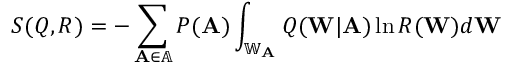
S ( Q , R ) = - \sum _ { \mathbf { A } \in \mathbb { A } } P ( \mathbf { A } ) \int _ { \mathbb { W } _ { \mathbf { A } } } Q ( \mathbf { W } | \mathbf { A } ) \ln R ( \mathbf { W } ) d \mathbf { W }